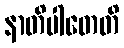
နာတိပါတေတိ